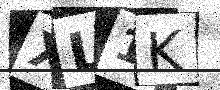
Text: XL1K